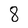
Character: 8